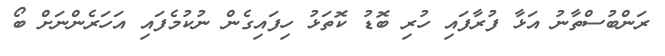
ރަންބުސްތާނު އަޅާ ފުރާފައި ހުރި ބޮޑު ކޮތަޅު ހިފައިގެން ނުކުމެފައި އަހަރެންނަށް ބޯ